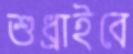
শুধ্‌রাইবে